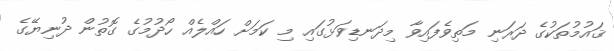
ޤައުމުތަކުގެ ދަރަނި މަތިވެފައިވާ މިދަނޑިވަޅުގައި މި ކަމަށް ހައްލެއް ހޯދުމުގެ ގޮތުން ދުނިޔޭގެ